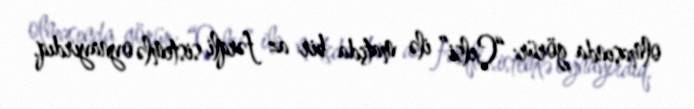
olmasında görür: “Çelsi” ilə matçda bir az fərqli sistemlə oynayırdıq.